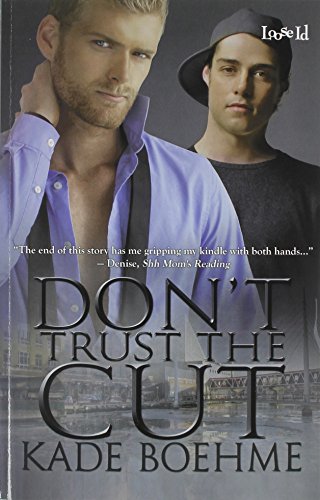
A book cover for Don't Trust the Cut; Kade Boehme; Romance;